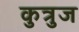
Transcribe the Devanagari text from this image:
कुत्रुज